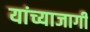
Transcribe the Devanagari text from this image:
यांच्याजागी